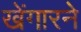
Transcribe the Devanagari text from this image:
खेंगारने